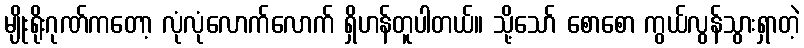
မျိုးရိုးဂုဏ်ကတော့ လုံလုံလောက်လောက် ရှိဟန်တူပါတယ်။ သို့သော် စောစော ကွယ်လွန်သွားရှာတဲ့